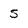
Character: s